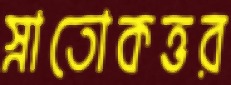
স্নাতোকত্তর